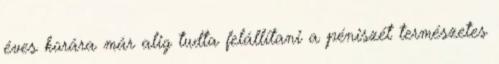
éves korára már alig tudta felállítani a péniszét természetes